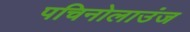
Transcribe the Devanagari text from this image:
पचिनोलाउंज